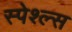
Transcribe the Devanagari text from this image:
स्पेश्ल्स